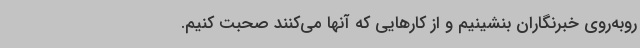
روبه‌روی خبرنگاران بنشینیم و از کارهایی که آنها می‌کنند صحبت کنیم.